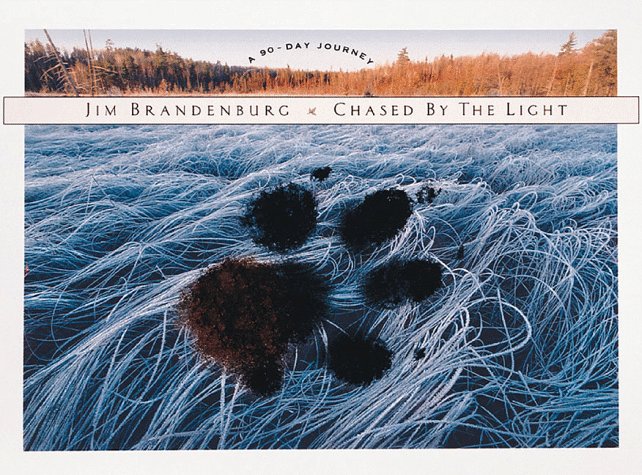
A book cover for Chased by the Light: A 90-Day Journey; Sports & Outdoors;